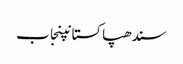
سندھپاکستانپنجاب